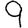
Digit: 9